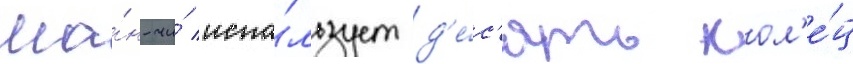
Ша́н-чи́ испо́льзует д'е́с'ять кол'е́ц